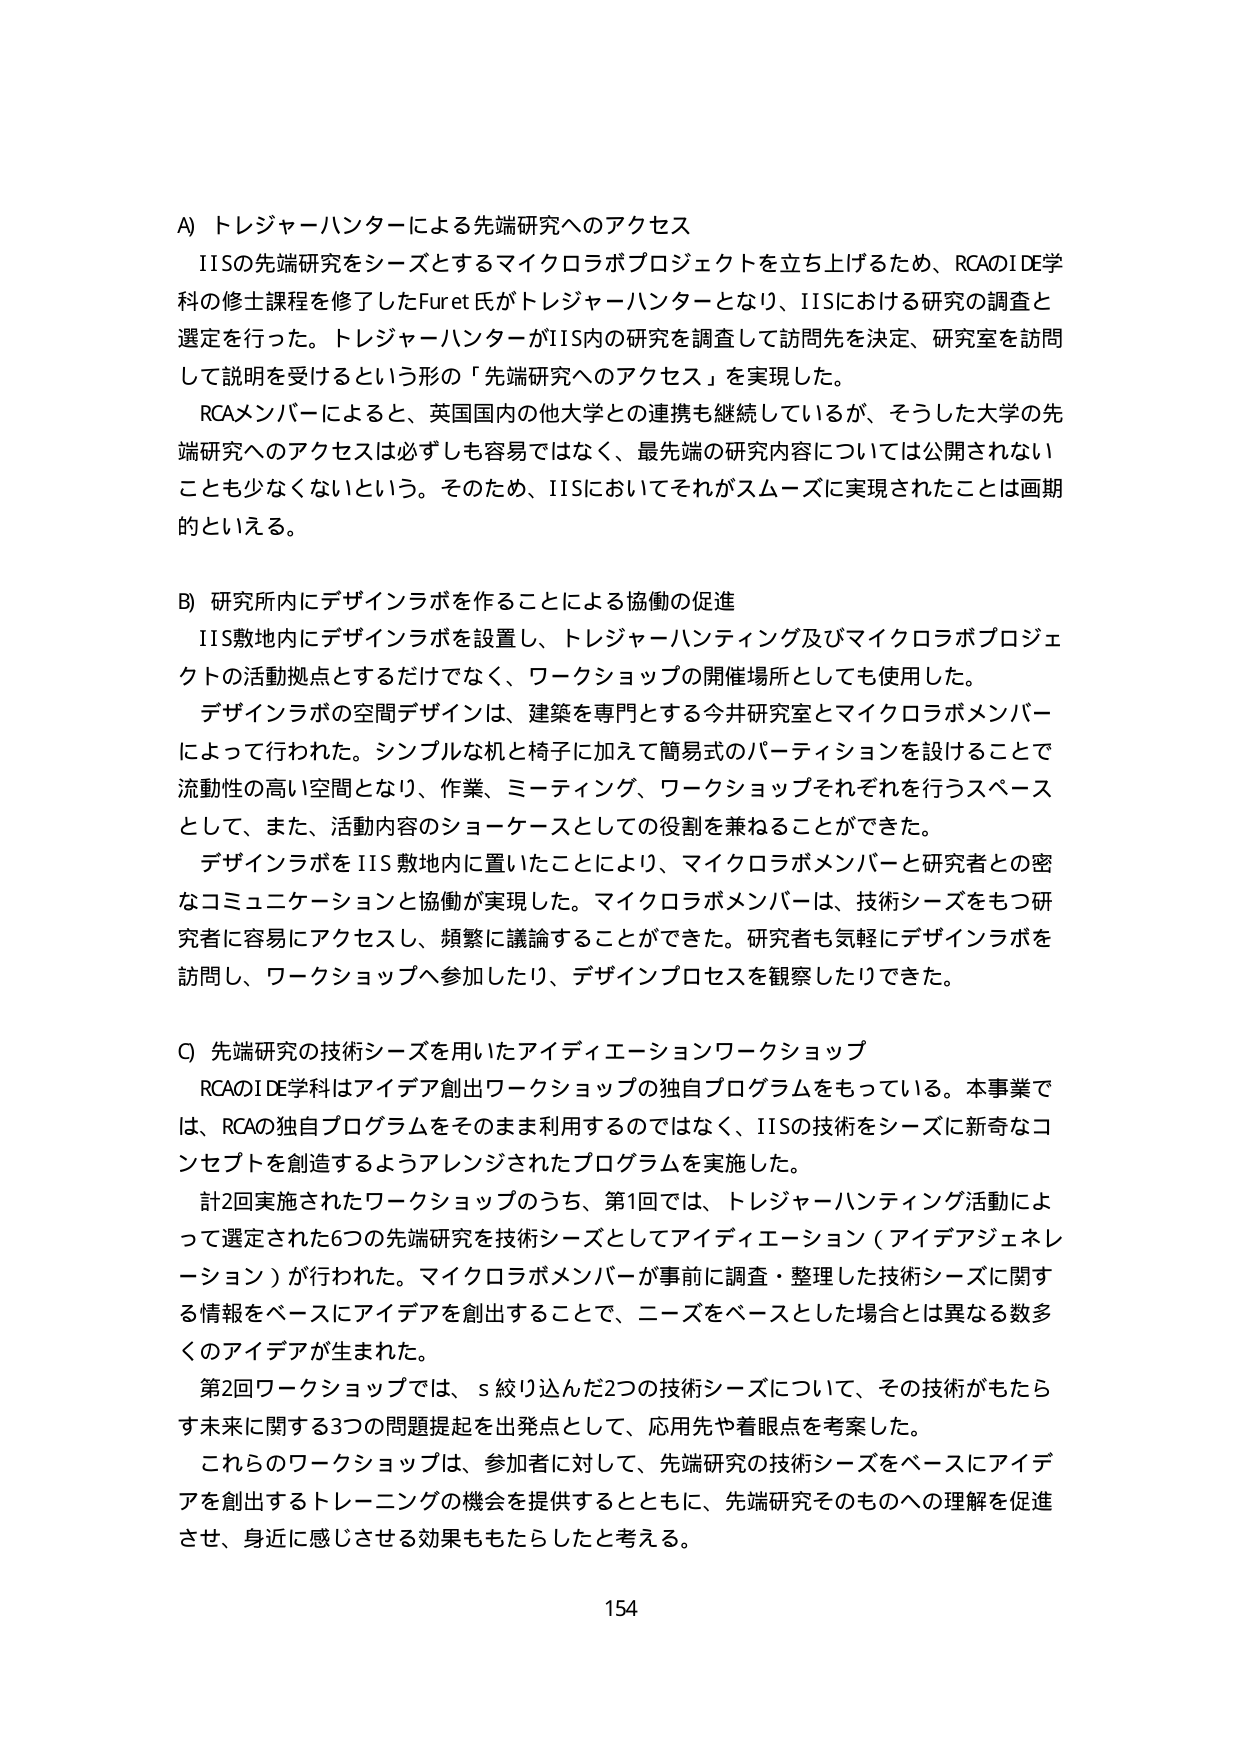
A) トレジャーハンターによる先端研究へのアクセス
IISの先端研究をシーズとするマイクロラボプロジェクトを立ち上げるため、RCAのIDE学科の修士課程を修了したFuret氏がトレジャーハンターとなり、IISにおける研究の調査と選定を行った。トレジャーハンターがIIS内の研究を調査して訪問先を決定、研究室を訪問して説明を受けるという形の「先端研究へのアクセス」を実現した。
RCAメンバーによると、英国国内の他大学との連携も継続しているが、そうした大学の先端研究へのアクセスは必ずしも容易ではなく、最先端の研究内容については公開されないことも少なくないという。そのため、IISにおいてそれがスムーズに実現されたことは画期的といえる。

B) 研究所内にデザインラボを作ることによる協働の促進
IIS敷地内にデザインラボを設置し、トレジャーハンティング及びマイクロラボプロジェクトの活動拠点とするだけでなく、ワークショップの開催場所としても使用した。
デザインラボの空間デザインは、建築を専門とする今井研究室とマイクロラボメンバーによって行われた。シンプルな机と椅子に加えて簡易式のパーティションを設けることで流動性の高い空間となり、作業、ミーティング、ワークショップそれぞれを行うスペースとして、また、活動内容のショーケースとしての役割を兼ねることができた。
デザインラボをIIS敷地内に置いたことにより、マイクロラボメンバーと研究者との密なコミュニケーションと協働が実現した。マイクロラボメンバーは、技術シーズをもつ研究者に容易にアクセスし、頻繁に議論することができた。研究者も気軽にデザインラボを訪問し、ワークショップへ参加したり、デザインプロセスを観察したりできた。

C) 先端研究の技術シーズを用いたアイディエーションワークショップ
RCAのIDE学科はアイデア創出ワークショップの独自プログラムをもっている。本事業では、RCAの独自プログラムをそのまま利用するのではなく、IISの技術をシーズに新奇なコンセプトを創造するようアレンジされたプログラムを実施した。
計2回実施されたワークショップのうち、第1回では、トレジャーハンティング活動によって選定された6つの先端研究を技術シーズとしてアイディエーション（アイデアジェネレーション）が行われた。マイクロラボメンバーが事前に調査・整理した技術シーズに関する情報をベースにアイデアを創出することで、ニーズをベースとした場合とは異なる数多くのアイデアが生まれた。
第2回ワークショップでは、s 絞り込んだ2つの技術シーズについて、その技術がもたらす未来に関する3つの問題提起を出発点として、応用先や着眼点を考案した。
これらのワークショップは、参加者に対して、先端研究の技術シーズをベースにアイデアを創出するトレーニングの機会を提供するとともに、先端研究そのものへの理解を促進させ、身近に感じさせる効果ももたらしたと考える。

154